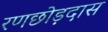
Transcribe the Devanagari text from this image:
रणछोड़दास